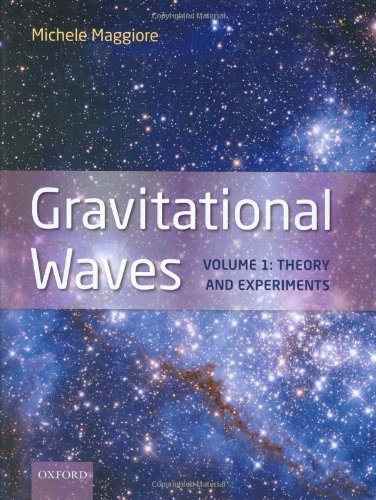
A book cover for Gravitational Waves: Volume 1: Theory and  Experiments; Michele Maggiore; Science & Math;